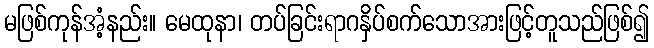
မဖြစ်ကုန်အံ့နည်း။ မေထုနာ၊ တပ်ခြင်းရာဂနှိပ်စက်သောအားဖြင့်တူသည်ဖြစ်၍